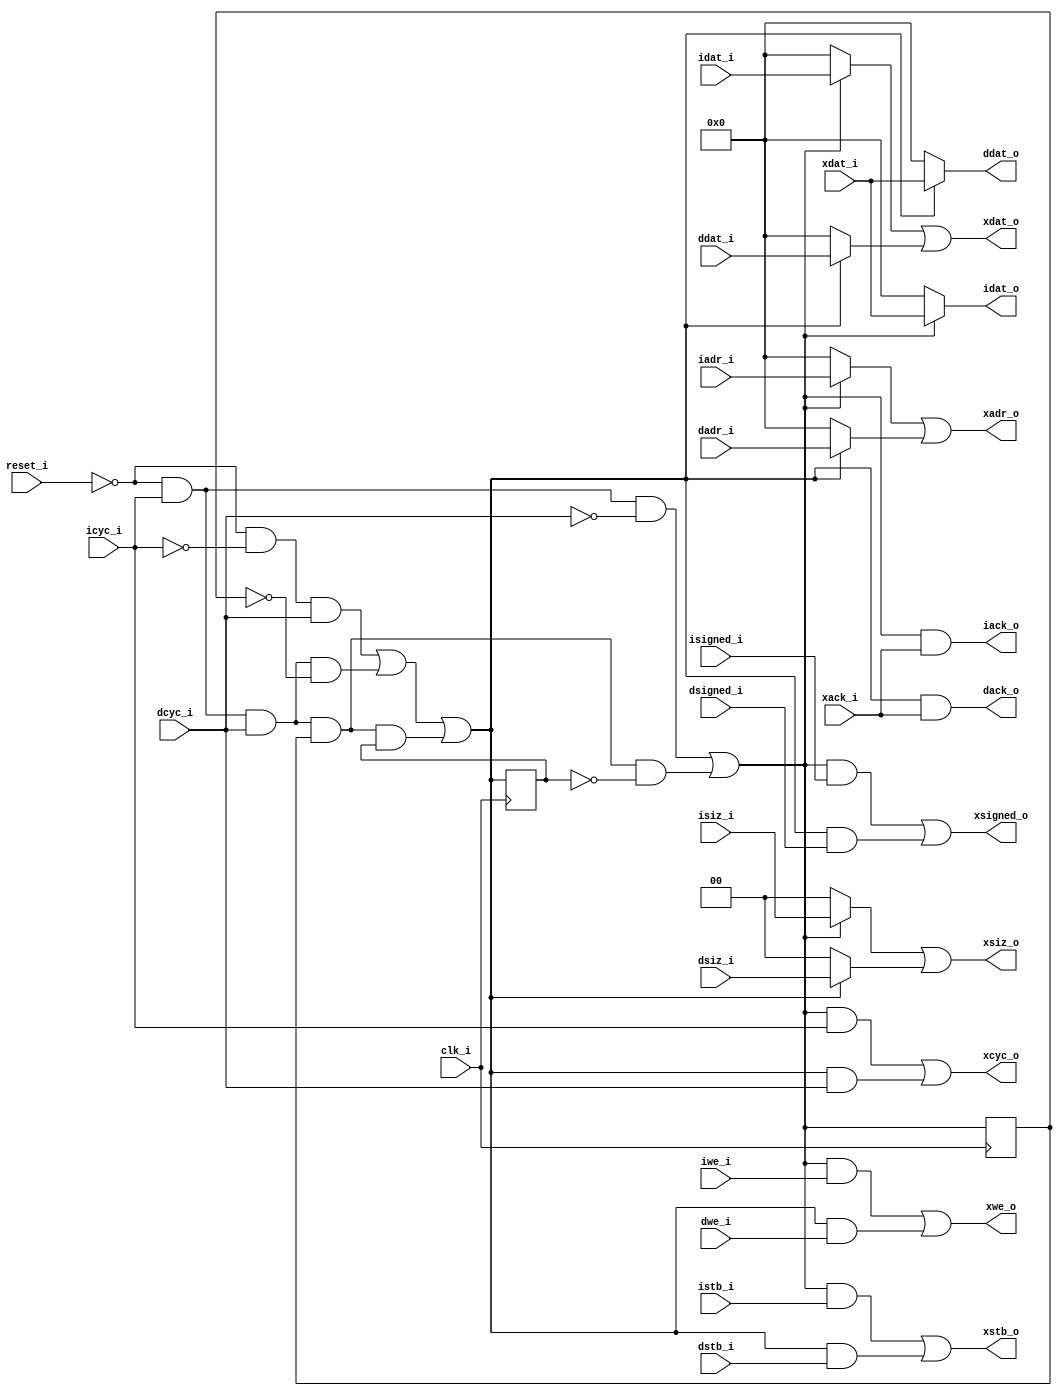
module arbiter_15(
	input	[63:0]	idat_i,
	input	[63:0]	iadr_i,
	input		iwe_i,
	input		icyc_i,
	input		istb_i,
	input	[1:0]	isiz_i,
	input		isigned_i,
	output		iack_o,
	output	[63:0]	idat_o,
	input	[63:0]	ddat_i,
	input	[63:0]	dadr_i,
	input		dwe_i,
	input		dcyc_i,
	input		dstb_i,
	input	[1:0]	dsiz_i,
	input		dsigned_i,
	output		dack_o,
	output	[63:0]	ddat_o,
	output	[63:0]	xdat_o,
	output	[63:0]	xadr_o,
	output		xwe_o,
	output		xcyc_o,
	output		xstb_o,
	output	[1:0]	xsiz_o,
	output		xsigned_o,
	input		xack_i,
	input	[63:0]	xdat_i,
	input		clk_i,
	input		reset_i
);
	reg reserve_i, reserve_d;
	wire en_i = (~reset_i & icyc_i & ~dcyc_i) |
		    (~reset_i & icyc_i & dcyc_i & reserve_i & ~reserve_d);
	wire en_d = (~reset_i & ~icyc_i & dcyc_i) |
		    (~reset_i & icyc_i & dcyc_i & ~reserve_i) |
		    (~reset_i & icyc_i & dcyc_i & reserve_i & reserve_d);
	assign xdat_o = (en_i ? idat_i : 64'd0) | (en_d ? ddat_i : 64'd0);
	assign xadr_o = (en_i ? iadr_i : 64'd0) | (en_d ? dadr_i : 64'd0);
	assign xwe_o = (en_i & iwe_i) | (en_d & dwe_i);
	assign xcyc_o = (en_i & icyc_i) | (en_d & dcyc_i);
	assign xstb_o = (en_i & istb_i) | (en_d & dstb_i);
	assign xsiz_o = (en_i ? isiz_i : 2'd0) | (en_d ? dsiz_i : 2'd0);
	assign xsigned_o = (en_i & isigned_i) | (en_d & dsigned_i);
	assign iack_o = (en_i & xack_i);
	assign dack_o = (en_d & xack_i);
	assign idat_o = (en_i ? xdat_i : 64'd0);
	assign ddat_o = (en_d ? xdat_i : 64'd0);
	always @(posedge clk_i) begin
		reserve_i <= en_i;
		reserve_d <= en_d;
	end
endmodule